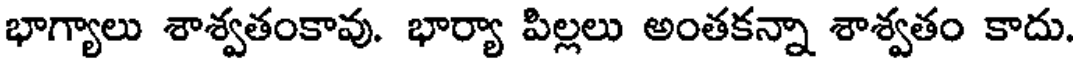
భాగ్యాలు శాశ్వతంకావు. భార్యా పిల్లలు అంతకన్నా శాశ్వతం కాదు.